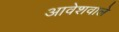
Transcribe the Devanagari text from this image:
आवेशवाले